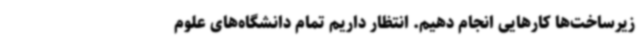
زیرساخت‌ها کارهایی انجام دهیم. انتظار داریم تمام دانشگاه‌های علوم